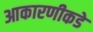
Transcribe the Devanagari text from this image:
आकारणीकडे